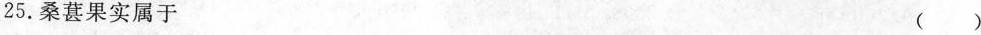
25.桑葚果实属于（）